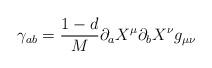
LaTeX: \begin{align*}\gamma_{ab} = \frac {1-d}{M}\partial_{a} X^{\mu}\partial_{b} X^{\nu} g_{\mu \nu}\end{align*}